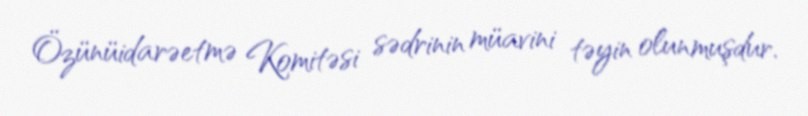
Özünüidarəetmə Komitəsi sədrinin müavini təyin olunmuşdur.